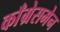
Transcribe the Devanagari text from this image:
काँग्रेसमेन